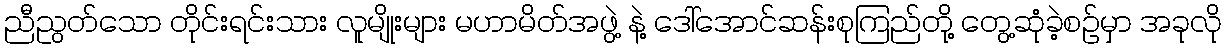
ညီညွတ်သော တိုင်းရင်းသား လူမျိုးများ မဟာမိတ်အဖွဲ့ နဲ့ ဒေါ်အောင်ဆန်းစုကြည်တို့ တွေ့ဆုံခဲ့စဉ်မှာ အခုလို